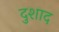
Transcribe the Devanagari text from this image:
दुशाद